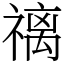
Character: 䄜